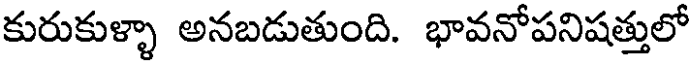
కురుకుళ్ళా అనబడుతుంది. భావనోపనిషత్తులో